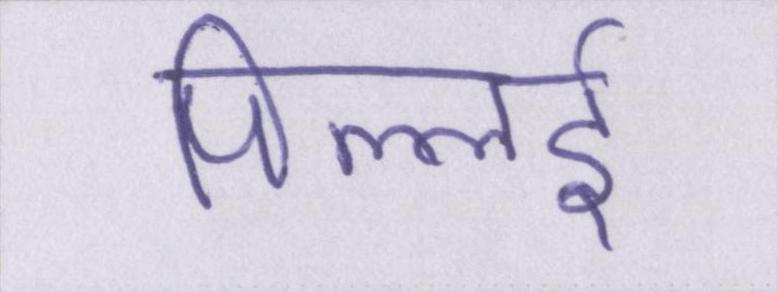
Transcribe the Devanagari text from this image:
पिल्लई